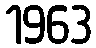
1963